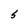
Character: S